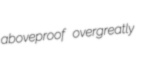
aboveproof overgreatly